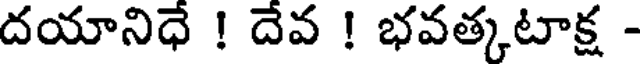
దయానిధే ! దేవ ! భవత్కటాక్ష -